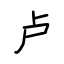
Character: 卢